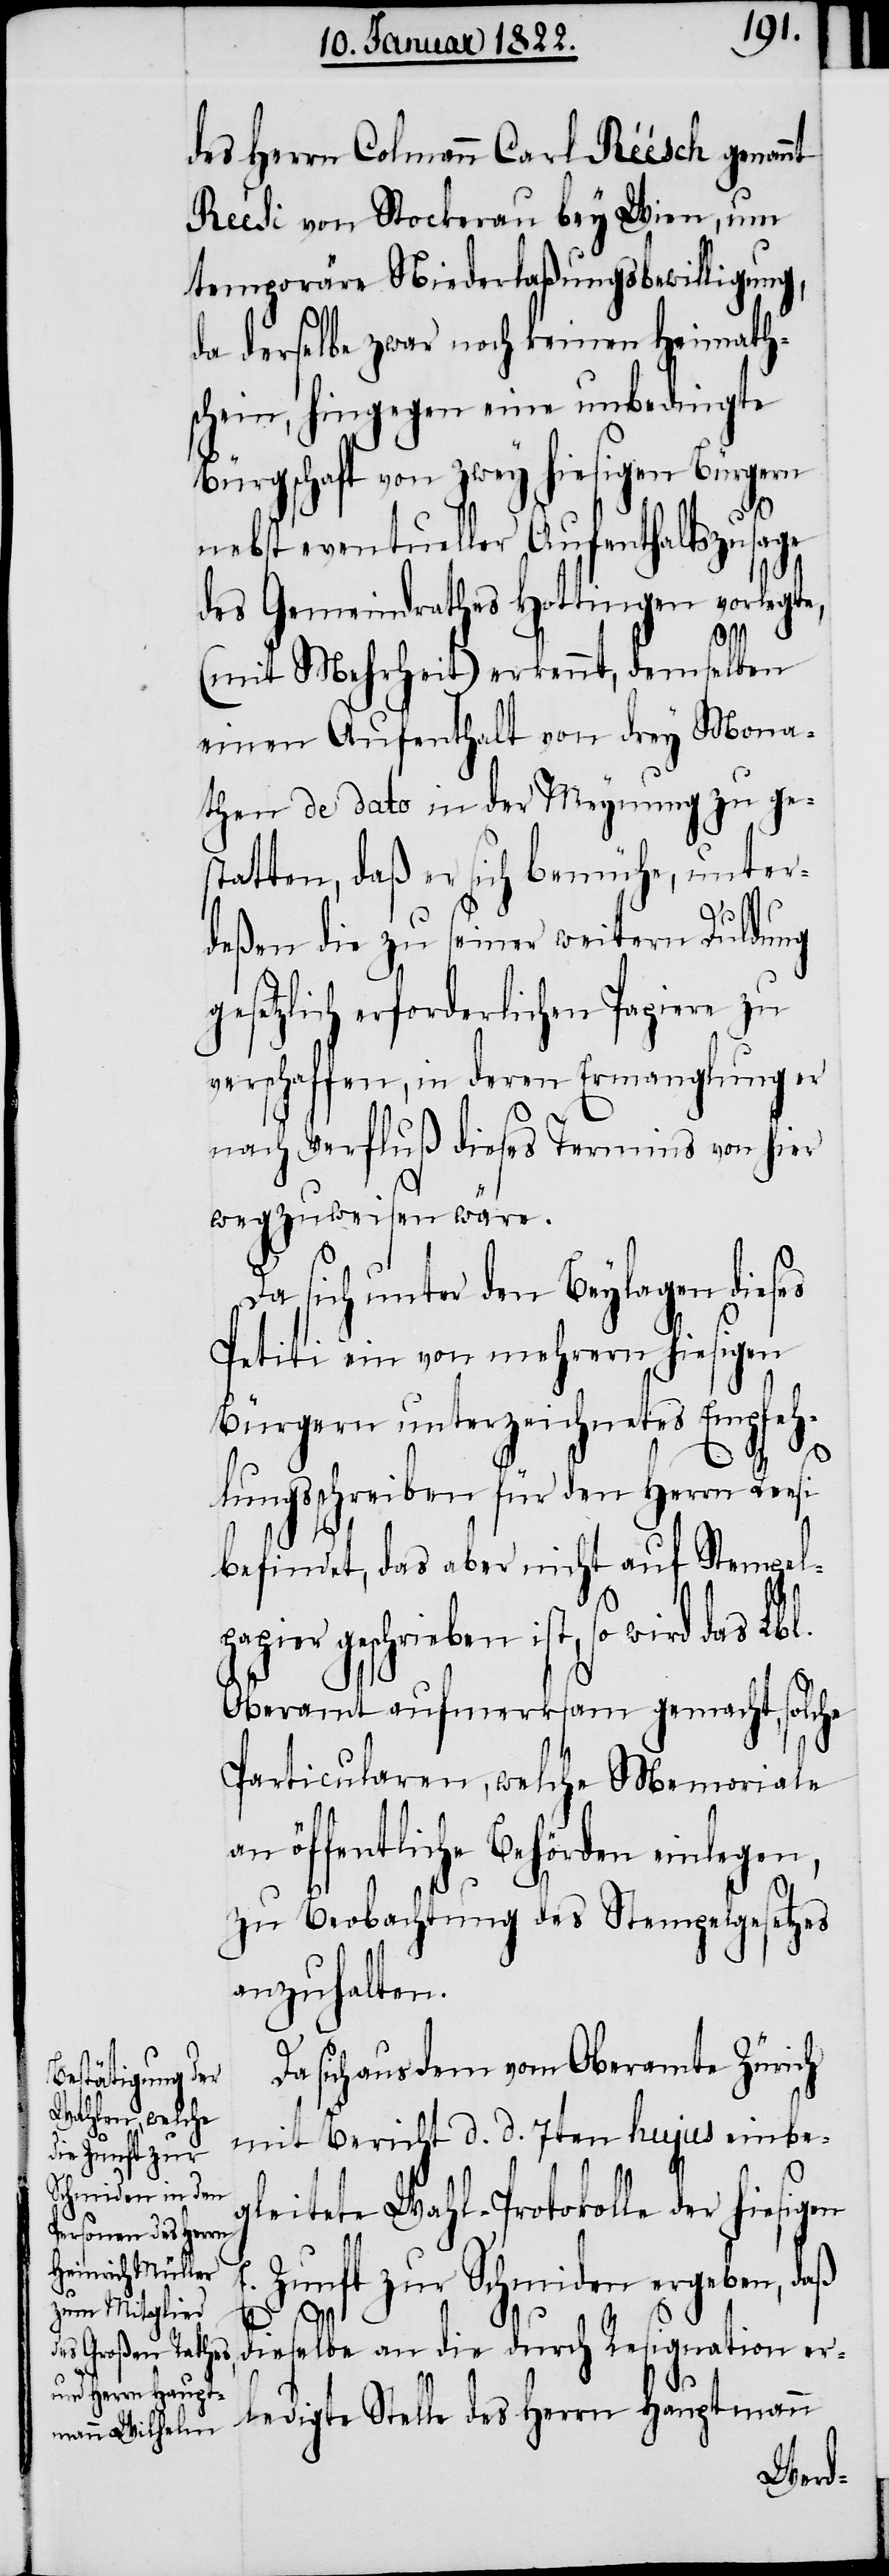
des Herrn Colmann Carl Réésch [sic!]
Reési von Stockerau bey Wien, um
temporäre Niederlaßungsbewilligung,
da derselbe zwar noch keinen Heimath¬
schein, hingegen eine unbedingte
Bürgschaft von zwey hiesigen Bürgern
nebst eventueller Aufenthaltszusage
des Gemeindrathes Hottingen vorlegte,
(mit Mehrheit) erkennt, demselben
einen Aufenthalt von drey Mona¬
then de dato in der Meynung zu ge¬
statten, daß er sich bemühe, unter¬
deßen die zu seiner weitern Duldung
gesetzlich erforderlichen Papiere zu
verschaffen, in deren Ermanglung er
nach Verfluß dieses Termins von hier
wegzuweisen wäre.
Da sich unter den Beylagen dieses
Petiti ein von mehrern hiesigen
Bürgern unterzeichnetes Empfeh¬
lungsschreiben für den Herrn Reesi
befindet, das aber nicht auf Stempel¬
papier geschrieben ist, so wird das Lbl.
Oberamt aufmerksam gemacht, solche
Particularen, welche Memoriale
an öffentliche Behörden einlegen,
zur Beobachtung des Stempelgesetzes
anzuhalten.
sich aus dem vom Oberamte Zürich
mit Bericht d. d. 7ten hujus einbe¬
gleitete Wahl-Protokolle der hiesigen
E. Zunft zur Schmiden ergeben, daß
dieselbe an die durch Resignation er¬
ledigte Stelle des Herrn Hauptmann